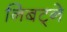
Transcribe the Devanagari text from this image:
निबट्ने